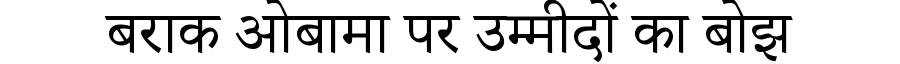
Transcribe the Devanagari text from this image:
बराक ओबामा पर उम्मीदों का बोझ